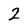
Character: 2